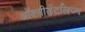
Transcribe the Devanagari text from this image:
ऑक्सीडेंटलिज्म